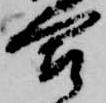
合